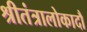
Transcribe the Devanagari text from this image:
श्रीतंत्रालोकादौ